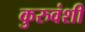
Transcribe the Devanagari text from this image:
कुरुवंशी